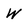
Character: W